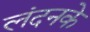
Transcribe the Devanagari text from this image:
लंदनके